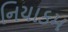
નિયાકમ